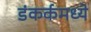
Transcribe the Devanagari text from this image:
डंकर्कमध्ये